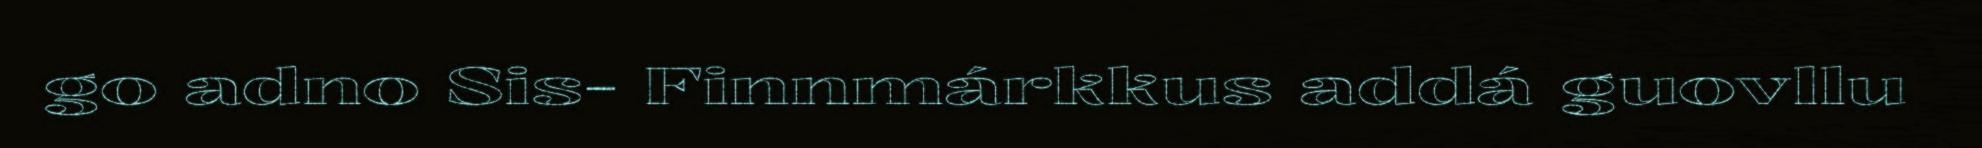
go adno Sis- Finnmárkkus addá guovllu